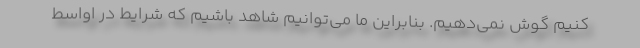
کنیم گوش نمی‌دهیم. بنابراین ما می‌توانیم شاهد باشیم که شرایط در اواسط